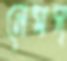
নেমস্